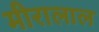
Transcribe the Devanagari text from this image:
मीरालाल